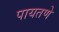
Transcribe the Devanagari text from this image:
पायतणे